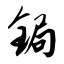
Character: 锔